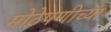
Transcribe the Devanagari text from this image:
मोठेपणीच्या